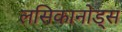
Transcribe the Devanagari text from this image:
लसिकानोड्स